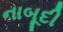
નાબૂદી